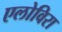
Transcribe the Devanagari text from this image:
एलोविरा